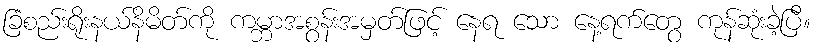
ခြံစည်းရိုးနယ်နိမိတ်ကို ကမ္ဘာအစွန်းအမှတ်ဖြင့် နေရ သော နေ့ရက်တွေ ကုန်ဆုံးခဲ့ပြီ။